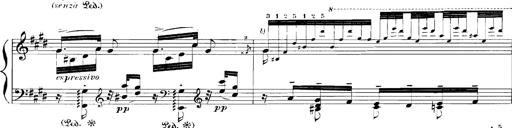
Title: Rhapsodies hongroises
Composer: Franz Liszt